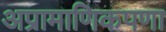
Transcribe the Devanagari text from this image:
अप्रामाणिकपणा